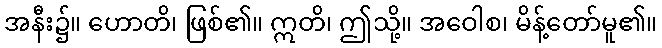
အနီး၌။ ဟောတိ၊ ဖြစ်၏။ ဣတိ၊ ဤသို့။ အဝေါစ၊ မိန့်တော်မူ၏။